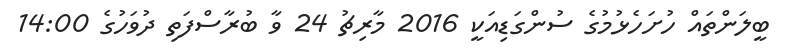
ބީލަންތައް ހުށަހެޅުމުގެ ސުންގަޑިއަކީ 2016 މާރިޗު 24 ވާ ބުރާސްފަތި ދުވަހުގެ 14:00